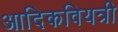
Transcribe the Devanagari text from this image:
आदिकवियत्री